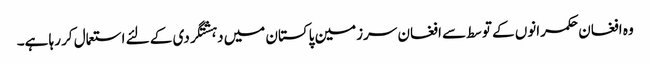
وہ افغان حکمرانوں کے توسط سے افغان سرزمین پاکستان میں دہشتگردی کے لئے استعمال کر رہا ہے۔